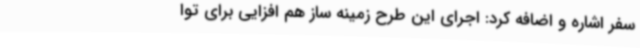
سفر اشاره و اضافه کرد: اجرای این طرح زمینه ساز هم افزایی برای توا